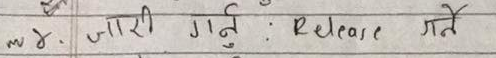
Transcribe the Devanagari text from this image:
३४. जारी गर्नु : Release गर्ने